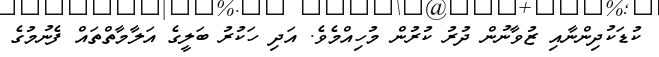
ކުޑަކުދިންނާއި ޒުވާނުން ދުރު ކުރުން މުހިއްމެވެ. އަދި ހަކުރު ބަލީގެ އަލާމާތްތައް ފެނުމުގެ